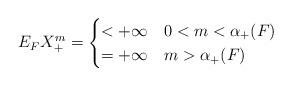
LaTeX: \begin{align*}& E_F X_+^m = \begin{cases}< +\infty & 0< m < \alpha_+(F) \\= +\infty & m > \alpha_+(F)\end{cases}\end{align*}